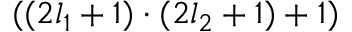
( ( 2 l _ { 1 } + 1 ) \cdot ( 2 l _ { 2 } + 1 ) + 1 )